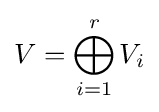
V=\bigoplus _{i=1}^{r}V_{i}